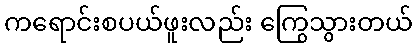
ကရောင်းစပယ်ဖူးလည်း ကြွေသွားတယ်